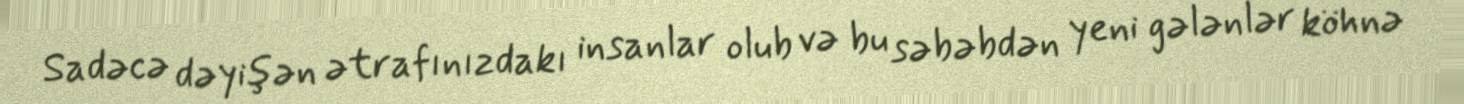
Sadəcə dəyişən ətrafınızdakı insanlar olub və bu səbəbdən yeni gələnlər köhnə